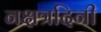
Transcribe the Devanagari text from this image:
नक्षत्रदिनी